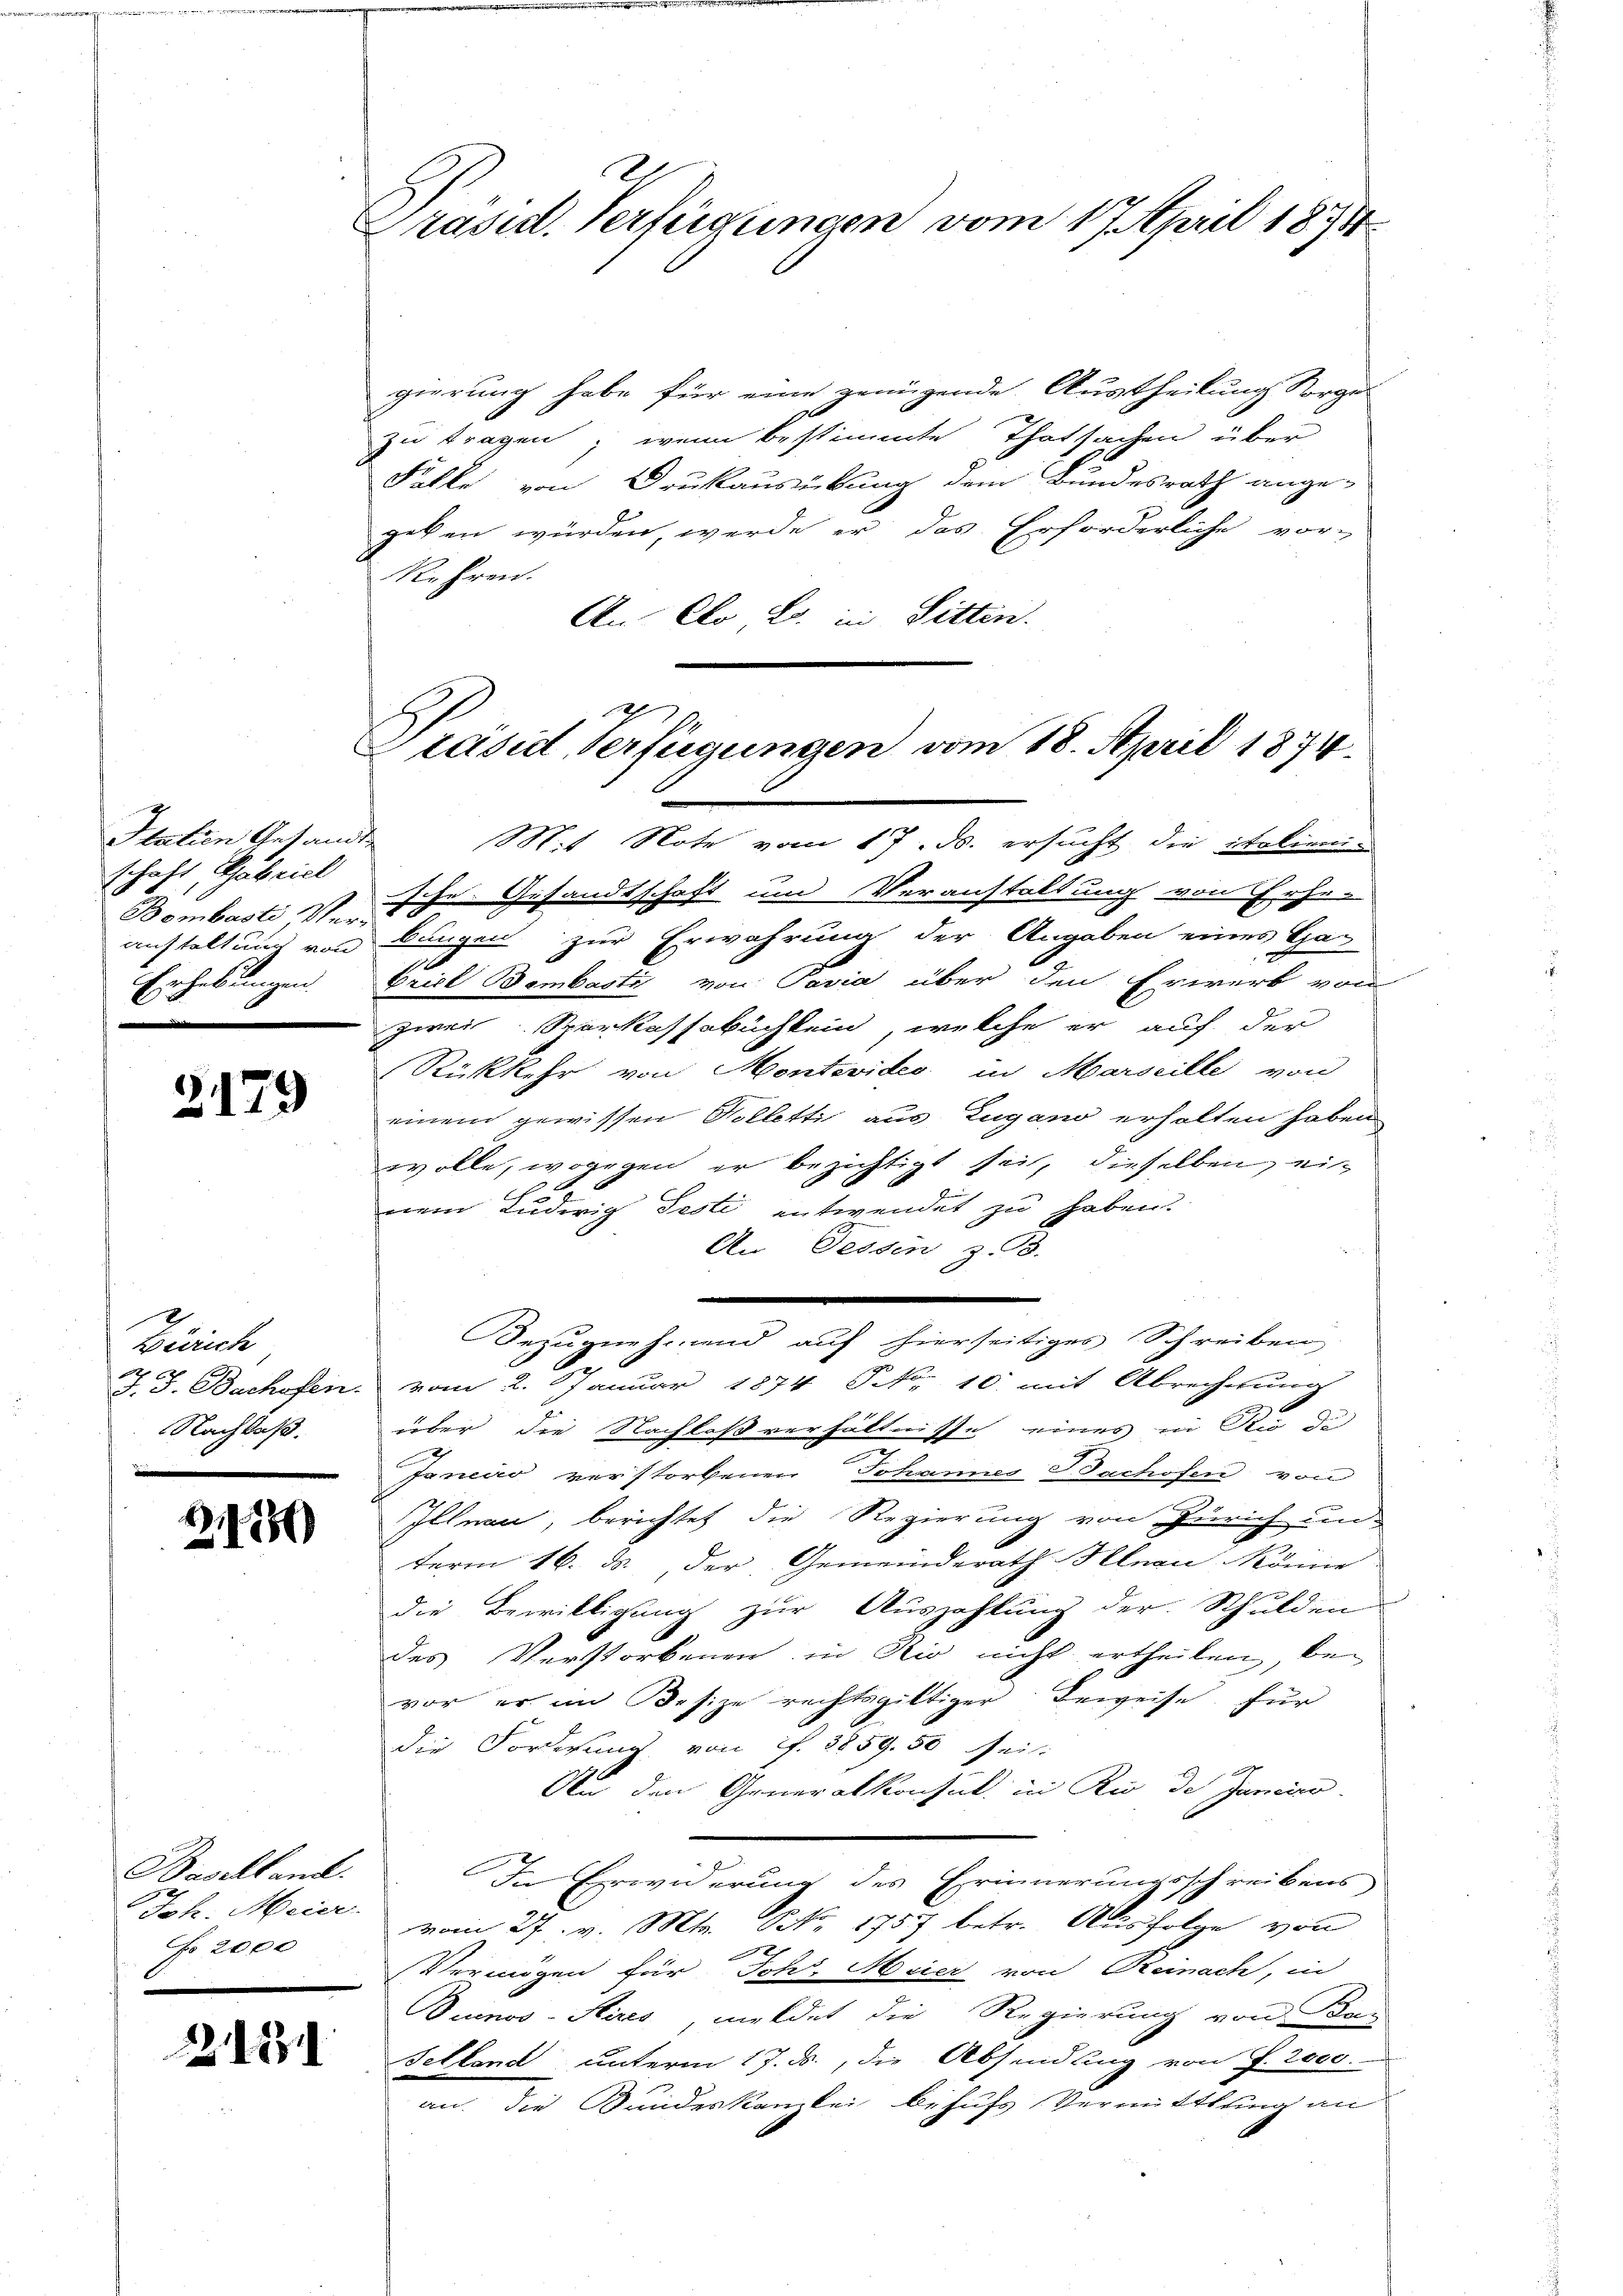
Italien Gesandt
schaft, Gabrich
Bombasti Verauftaltung von
Erhebungen.

2179

Zürich
J. J. Bachofen.
Nachlaß.

21250)

gierung habe für eine genügende Austheilung Sorge
zu tragen; wenn bestimmte Thatsachen über
Falke von Drukausübung dem Bundesrath ange-
geben würden, werde er das Erforderliche vor-
Rehren.
An Clo L. in Sitten.
Präsid Verfügungen vom 18. April 1874.

Baselland.
Joh. Meier
No 2000

221131

Präsid. Verfügungen vom 17. April 1891

.t Note vom 17. ds. ersucht die italien-
sche Gesandtschaft und Veranstaltung von Erhebungen zur Erwährung der Angaben eines Ga-
1
Crice Bembasti von Pavia über den Erwerb von
zwei Sparkassabuchlein, welche er auf der
Rückkehr von Montevideo in Marseille von
einem gewissen Volletti aus Zugano erhalten haben
wolle, wogegen er bezichtigt sei, dieselben ei
nem Ludwig Testi entwendet zu haben.
An Dessen z. B.
vom 2. Januar 1874 NNNo 10 mit Abrechtung
über die Nachlaßverhältnisse eines in Rio die
Janeiro verstorbenen Johannes Dachofen von
Illnau, berichtet die Regierung von Zürich un
term 16. d. der Gemeinderath Man könne
die Bewilligung zur Auszahlung der Schulden
des Verstorbenen in die nicht ertheilen, bei
vor er im Besize rechtsgültiger Beweise für
Die Forderung von f. 3859. 50 sei.
An den Generalkonsul in Rio de Janeins
In Erwiderung des Erinnerungsschreibens
vom 27. v. Mts. NNo. 1757 betr. Ausfolge von
2
Verungen für Joh. Meier von Reinach, in
Seunoo-Kires, meldet die Regierung von Ba-
Selland unterm 17. ds., die Absendung von f. 2000.-
an. Die Bundeskanzlei behufs Vermittlung an

Bezugnehmend auf hierseitiges Schreiben